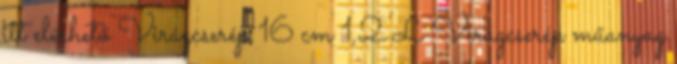
itt elérhető Virágcserép 16 cm 1,2 L Virágcserép műanyag